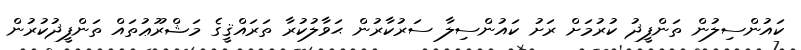
ކައުންސިލުން ތަންފީޛު ކުރުމަށް ރަށު ކައުންސިލާ ސަރުކާރުން ޙަވާލުކުރާ ތަރައްޤީގެ މަޝްރޫޢުތައް ތަންފީޛުކުރުން